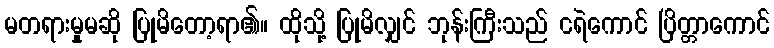
မတရားမှုမဆို ပြုမိတော့ရာ၏။ ထိုသို့ ပြုမိလျှင် ဘုန်းကြီးသည် ငရဲကောင် ပြိတ္တာကောင်